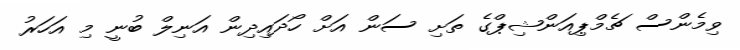
ވިމެންސް ޗެމްޕިއަންޝިޕްގެ ތަށި ސަން އަށް ހޯދައިދިން އަނިލް ބުނީ މި އަހަރު